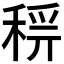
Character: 𥟝